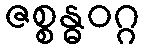
ဇစ္စန္ဓဝဂ္ဂ